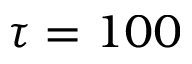
\tau = 1 0 0